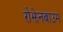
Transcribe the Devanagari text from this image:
रोझेनबाउम